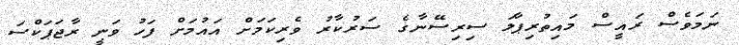
ނަމަވެސް ރައީސް މައިތުރިޕާލަ ސިރިސޭނާގެ ސަރުކާރު ވެރިކަމަށް އައުމަށް ފަހު ވަނީ ރާޖަޕަކްސަ